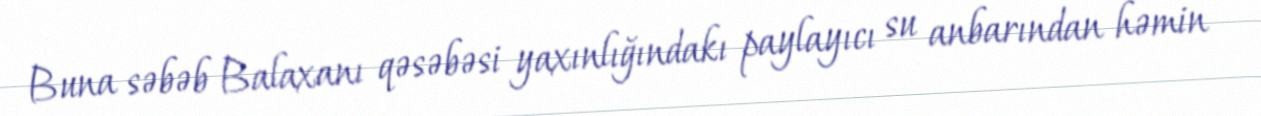
Buna səbəb Balaxanı qəsəbəsi yaxınlığındakı paylayıcı su anbarından həmin